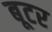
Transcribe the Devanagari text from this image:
बूटर